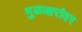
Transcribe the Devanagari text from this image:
मुळाक्षरांवर